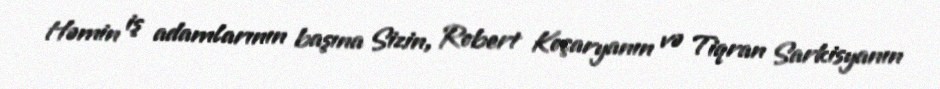
Həmin iş adamlarının başına Sizin, Robert Koçaryanın və Tiqran Sarkisyanın